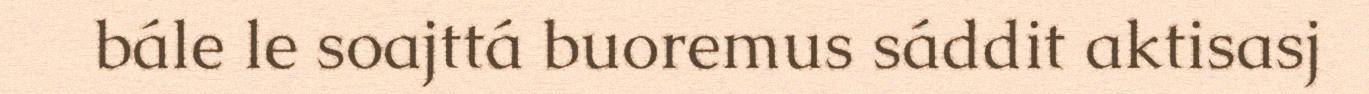
bále le soajttá buoremus sáddit aktisasj